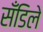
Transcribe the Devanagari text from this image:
सँडिले